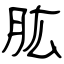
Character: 肱